Reports on military cantonments and civil stations in the Presidency of Bombay inspected by the Sanitary Commissioner in the years 1875 and 1876
Year: 1875
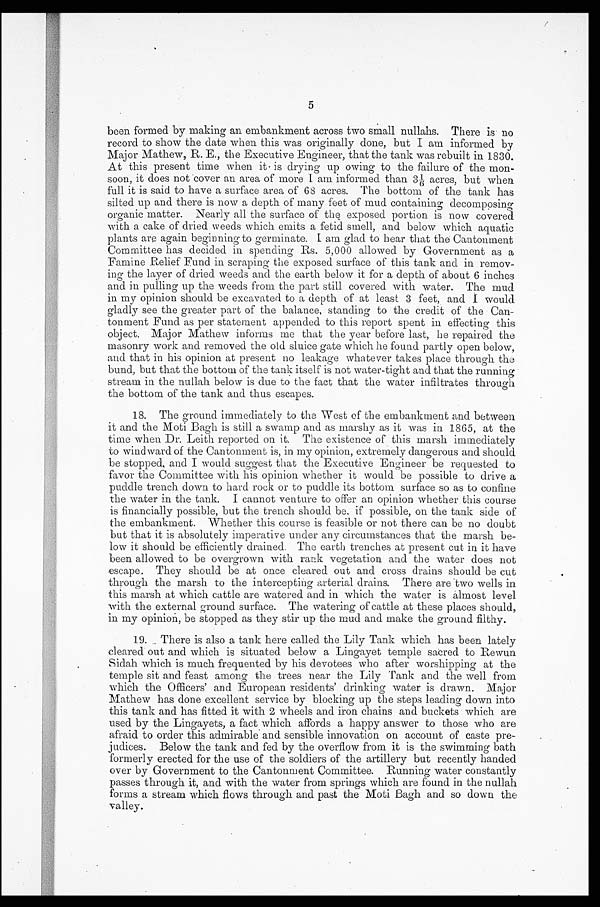
5
been formed by making an embankment across two small nullahs. There is no
record to show the date when this was originally done, but I am informed by
Major Mathew, R. E., the Executive Engineer, that the tank was rebuilt in 1830.
At this present time when it is drying up owing to the failure of the mon-
soon, it does not cover an area of more I am informed than 3 1/6 acres, but when
full it is said to have a surface area of 68 acres. The bottom of the tank has
silted up and there is now a depth of many feet of mud containing decomposing
organic matter. Nearly all the surface of the exposed portion is now covered
with a cake of dried weeds which emits a fetid smell, and below which aquatic
plants are again beginning to germinate. I am glad to hear that the Cantonment
Committee has decided in spending Rs. 5,000 allowed by Government as a
Famine Relief Fund in scraping the exposed surface of this tank and in remov-
ing the layer of dried weeds and the earth below it for a depth of about 6 inches
and in pulling up the weeds from the part still covered with water. The mud
in my opinion should be excavated to a depth of at least 3 feet, and I would
gladly see the greater part of the balance, standing to the credit of the Can-
tonment Fund as per statement appended to this report spent in effecting this
object. Major Mathew informs me that the year before last, he repaired the
masonry work and removed the old sluice gate which he found partly open below,
and that in his opinion at present no leakage whatever takes place through the
bund, but that the bottom of the tank itself is not water-tight and that the running
stream in the nullah below is due to the fact that the water infiltrates through
the bottom of the tank and thus escapes.
18. The ground immediately to the West of the embankment and between
it and the Moti Bagh is still a swamp and as marshy as it was in 1865, at the
time when Dr. Leith reported on it. The existence of this marsh immediately
to windward of the Cantonment is, in my opinion, extremely dangerous and should
be stopped, and I would suggest that the Executive Engineer be requested to
favor the Committee with his opinion whether it would be possible to drive a
puddle trench down to hard rock or to puddle its bottom surface so as to confine
the water in the tank. I cannot venture to offer an opinion whether this course
is financially possible, but the trench should be, if possible, on the tank side of
the embankment. Whether this course is feasible or not there can be no doubt
but that it is absolutely imperative under any circumstances that the marsh be-
- l o w i t s h o u l d b e e f f i c i e n t l y d r a i n e d . T h e e a r t h t r e n c h e s a t p r e s e n t c u t i n i t h a v e
been allowed to be overgrown with rank vegetation and the water does not
escape. They should be at once cleared out and cross drains should be cut
through the marsh to the intercepting arterial drains. There are two wells in
this marsh at which cattle are watered and in which the water is almost level
with the external ground surface. The watering of cattle at these places should,
in my opinion, be stopped as they stir up the mud and make the ground filthy.
19. There is also a tank here called the Lily Tank which has been lately
cleared out and which is situated below a Lingayet temple sacred to Rewun
Sidah which is much frequented by his devotees who after worshipping at the
temple sit and feast among the trees near the Lily Tank and the well from
which the Officers' and European residents' drinking water is drawn. Major
Mathew has done excellent service by blocking up the steps leading down into
this tank and has fitted it with 2 wheels and iron chains and buckets which are
used by the Lingayets, a fact which affords a happy answer to those who are
afraid to order this admirable and sensible innovation on account of caste pre-
- j u d i c e s . B e l o w t h e t a n k a n d f e d b y t h e o v e r f l o w f r o m i t i s t h e s w i m m i n g b a t h
formerly erected for the use of the soldiers of the artillery but recently handed
over by Government to the Cantonment Committee. Running water constantly
passes through it, and with the water from springs which are found in the nullah
forms a stream which flows through and past the Moti Bagh and so down the valley.